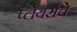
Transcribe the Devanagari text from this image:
प्लेयर्सचे